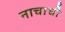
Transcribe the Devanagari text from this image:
नाचाची